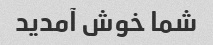
شما خوش آمدید